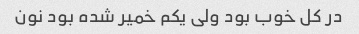
در کل خوب بود ولی یکم خمیر شده بود نون